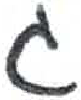
אות: ג